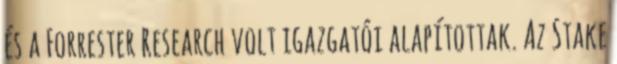
és a Forrester Research volt igazgatói alapítottak. Az Stake